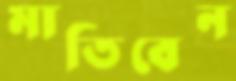
মাতিবেন